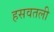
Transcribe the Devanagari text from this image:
हसवतली